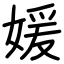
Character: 媛